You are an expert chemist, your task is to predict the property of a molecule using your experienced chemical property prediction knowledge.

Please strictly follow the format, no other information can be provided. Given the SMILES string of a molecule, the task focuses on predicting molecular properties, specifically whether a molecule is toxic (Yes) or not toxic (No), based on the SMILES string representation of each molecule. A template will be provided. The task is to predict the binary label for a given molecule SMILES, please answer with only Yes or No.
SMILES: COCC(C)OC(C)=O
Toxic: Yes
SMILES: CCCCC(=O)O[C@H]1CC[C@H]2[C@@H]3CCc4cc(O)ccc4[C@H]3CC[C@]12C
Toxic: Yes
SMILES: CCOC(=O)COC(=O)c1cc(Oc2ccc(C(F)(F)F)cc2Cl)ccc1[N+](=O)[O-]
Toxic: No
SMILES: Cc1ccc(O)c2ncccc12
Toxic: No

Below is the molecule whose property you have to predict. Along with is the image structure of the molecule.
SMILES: CCC(C)c1ccc(O)cc1
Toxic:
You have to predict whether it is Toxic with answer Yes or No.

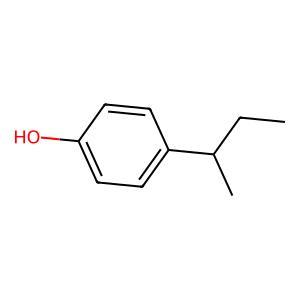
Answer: No